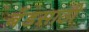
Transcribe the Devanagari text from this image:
बँडसाठी